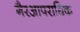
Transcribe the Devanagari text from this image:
गैरआपराधिक